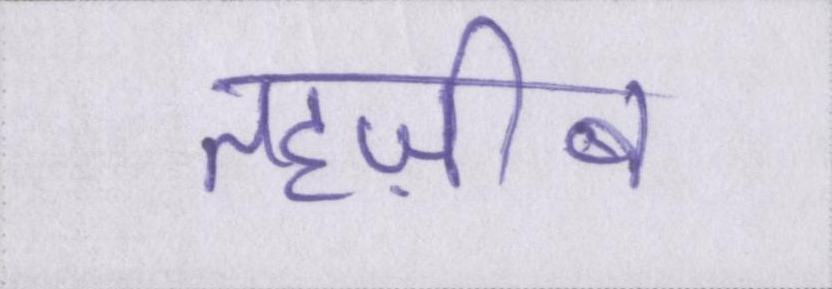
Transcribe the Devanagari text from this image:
तहज़ीब